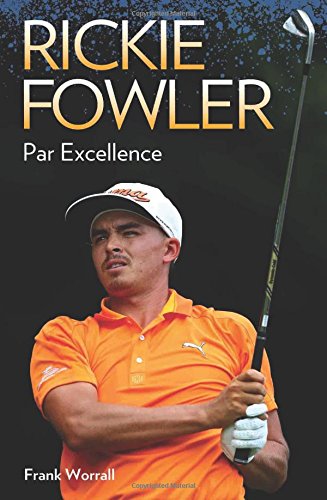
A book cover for Rickie Fowler: Par Excellence; Frank Worrall; Biographies & Memoirs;